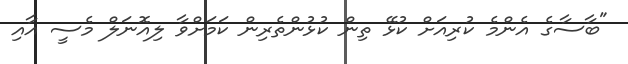
"ބާސާގެ އެންމެ ކުރިއަށް ކުޅޭ ތިން ކުޅުންތެރިން ކަމަށްވާ ލިއޮނަލް މެސީ އާއި